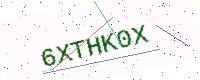
Text: 6XTHK0X